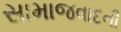
સામાજવાદની